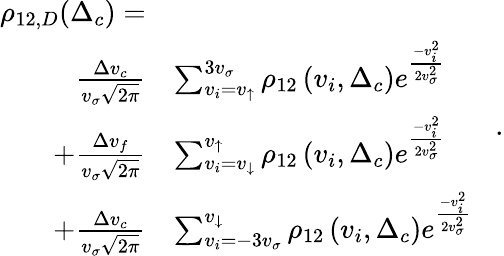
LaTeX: \begin{array}{rl}{\rho_{12,D}(\Delta_{c})=}&{}\\ {~\frac{\Delta v_{c}}{v_{\sigma}\sqrt{2\pi}}}&{\sum_{v_{i}=v_{\uparrow}}^{3v_{\sigma}}\rho_{12}\left(v_{i},\Delta_{c}\right)e^{\frac{-v_{i}^{2}}{2v_{\sigma}^{2}}}}\\ {+\frac{\Delta v_{f}}{v_{\sigma}\sqrt{2\pi}}}&{\sum_{v_{i}=v_{\downarrow}}^{v_{\uparrow}}\rho_{12}\left(v_{i},\Delta_{c}\right)e^{\frac{-v_{i}^{2}}{2v_{\sigma}^{2}}}}\\ {+\frac{\Delta v_{c}}{v_{\sigma}\sqrt{2\pi}}}&{\sum_{v_{i}=-3v_{\sigma}}^{v_{\downarrow}}\rho_{12}\left(v_{i},\Delta_{c}\right)e^{\frac{-v_{i}^{2}}{2v_{\sigma}^{2}}}}\end{array}\, \, \, \, \, .